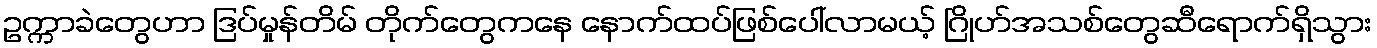
ဥက္ကာခဲတွေဟာ ဒြပ်မှုန်တိမ် တိုက်တွေကနေ နောက်ထပ်ဖြစ်ပေါ်လာမယ့် ဂြိုဟ်အသစ်တွေဆီရောက်ရှိသွား